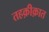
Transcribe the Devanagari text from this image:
तहक़ीक़ात